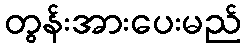
တွန်းအားပေးမည်